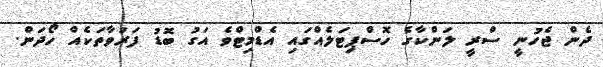
ދެން ޖެހުނީ ސްރީ ލަންކާގެ ހޮސްޕިޓަލެއްގައި އެޑްމިޓްވެ އަގު ބޮޑު ފަރުވާތަކެއް ހޯދަން.